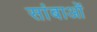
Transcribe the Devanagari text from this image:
सांबाओं